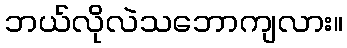
ဘယ်လိုလဲသဘောကျလား။